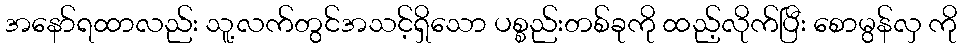
အနော်ရထာလည်း သူ့လက်တွင်အသင့်ရှိသော ပစ္စည်းတစ်ခုကို ထည့်လိုက်ပြီး စောမွန်လှ ကို